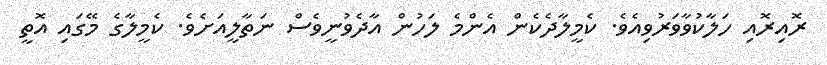
ރޮއިރޮއި ހަލާކުވާވަރުވިއެވެ. ކެމީލާދެކެން އެންމެ ލަހުން އާދެވުނީވެސް ނަތާލީއަށެވެ. ކެމީލާގެ މޭގައި އޮތީ